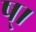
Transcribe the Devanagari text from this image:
ष्।